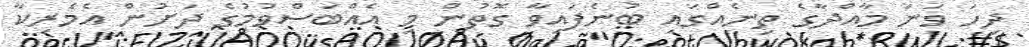
ދިހަ ވަނަ މާއްދާގެ ތިނެއްގައި ބުނެފައިވާ ގޮތުން މި އެއްބަސްވުމުގެ ދަށުން އެމެރިކާ